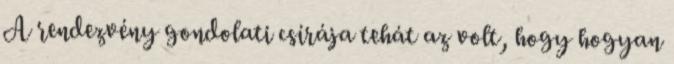
A rendezvény gondolati csírája tehát az volt, hogy hogyan